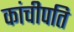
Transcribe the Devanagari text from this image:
कांचीपति